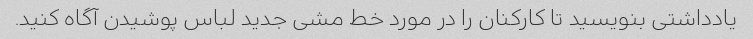
یادداشتی بنویسید تا کارکنان را در مورد خط مشی جدید لباس پوشیدن آگاه کنید.